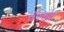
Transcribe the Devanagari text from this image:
संपर्कांत